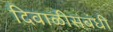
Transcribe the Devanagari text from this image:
दिवाळीसंबंधी